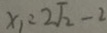
x _ { 1 } = 2 \sqrt { 2 } - 2